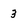
Character: 3